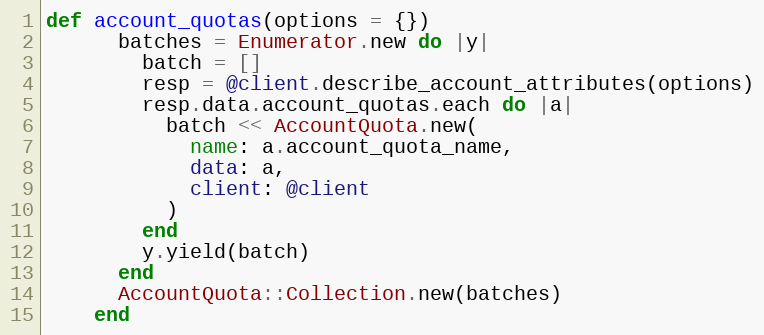
Language: Ruby
def account_quotas(options = {})
      batches = Enumerator.new do |y|
        batch = []
        resp = @client.describe_account_attributes(options)
        resp.data.account_quotas.each do |a|
          batch << AccountQuota.new(
            name: a.account_quota_name,
            data: a,
            client: @client
          )
        end
        y.yield(batch)
      end
      AccountQuota::Collection.new(batches)
    end